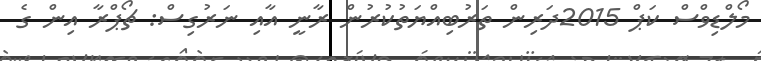
މޯލްޑިވްސް ކަޕް 2015ދަރިން ތަރުބިއްޔަތުކުރުން ރާނީ އާއި ނަރުގިސް: ޗޯޕްރާ އިން ގެ